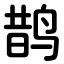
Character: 鹊